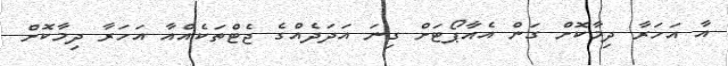
އާ އަހަރާ ދިމާކޮށް ގަން އެއާޕޯޓަށް ގިނަ އަދަދެއްގެ ޖެޓްތަކެއްއާ އަހަރާ ދިމާކޮށް